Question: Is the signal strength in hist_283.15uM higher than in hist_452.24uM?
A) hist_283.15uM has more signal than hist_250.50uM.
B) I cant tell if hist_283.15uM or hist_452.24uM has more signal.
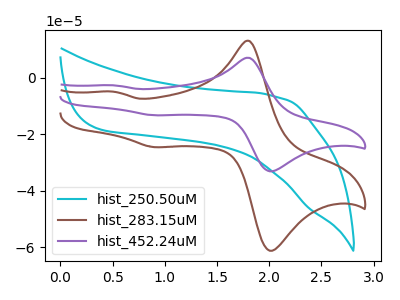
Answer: <think>The cyan curve "hist_250.50uM" has no peaks. The brown curve "hist_283.15uM" has anodic peaks at (1.80V, 13.00uA) (0.50V, -4.90uA) and cathodic peaks at (2.05V, -60.75uA) (0.90V, -24.55uA). The purple curve "hist_452.24uM" has anodic peaks at (1.80V, 7.05uA) (0.50V, -2.65uA) and cathodic peaks at (2.05V, -32.85uA) (0.90V, -13.30uA).
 All the peaks in "hist_283.15uM" have a peak in "hist_452.24uM" at the same potential.</think>
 <answer>B) I cant tell if "hist_283.15uM" or "hist_452.24uM" has more signal.</answer>
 <eval>B</eval>